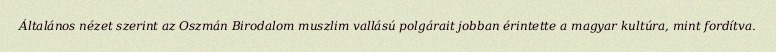
Általános nézet szerint az Oszmán Birodalom muszlim vallású polgárait jobban érintette a magyar kultúra, mint fordítva.